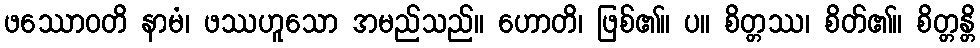
ဖဿောဝတိ နာမံ၊ ဖဿဟူသော အမည်သည်။ ဟောတိ၊ ဖြစ်၏။ ပ။ စိတ္တဿ၊ စိတ်၏။ စိတ္တန္တိ